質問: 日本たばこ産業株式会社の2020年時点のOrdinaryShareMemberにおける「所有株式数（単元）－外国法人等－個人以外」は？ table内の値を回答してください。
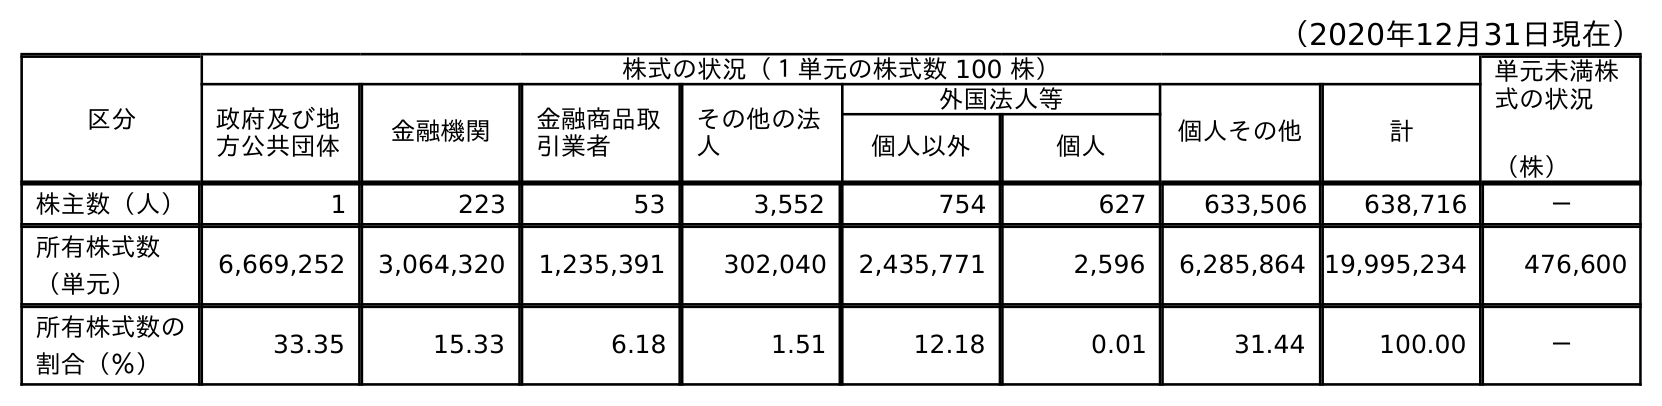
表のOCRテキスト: （2020年12月31日現在） 区分 株式の状況（１単元の株式数 100 株） 単元未満株 式の状況 （株） 政府及び地 方公共団体 金融機関 金融商品取 引業者 その他の法 人 外国法人等 個人その他 計 個人以外 個人 株主数（人） 1 223 53 3,552 754 627 633,506 638,716 － 所有株式数 （単元） 6,669,252 3,064,320 1,235,391 302,040 2,435,771 2,596 6,285,864 19,995,234 476,600 所有株式数の 割合（％） 33.35 15.33 6.18 1.51 12.18 0.01 31.44 100.00 －
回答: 2,435,771